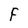
Character: F